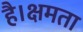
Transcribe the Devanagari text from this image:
है।क्षमता